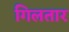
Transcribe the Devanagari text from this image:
गिलतार